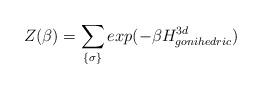
LaTeX: \begin{align*}Z(\beta)=\sum_{ \{ \sigma \}} exp( - \beta H_{gonihedric}^{3d} )\end{align*}